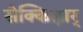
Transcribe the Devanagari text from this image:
सेक्किऴार्